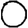
Digit: 0